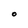
Character: O